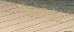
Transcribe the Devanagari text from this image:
विद्यायेत